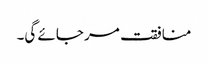
منافقت مر جائے گی۔